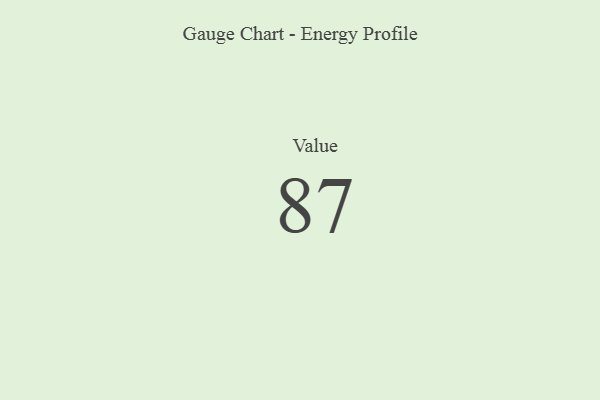
{"axis": {"x": "Metric", "y": "Value"}, "legend": [""], "data": [{"x": "Value", "y": 87, "type": ""}]}